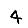
Digit: 4